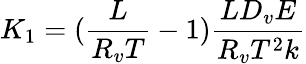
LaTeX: K_{1}=(\frac{L}{R_{v}T}-1)\frac{LD_{v}E}{R_{v}T^{2}k}